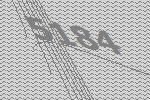
5184